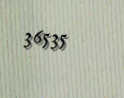
36535